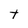
Character: t